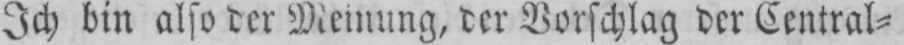
Ich bin also der Meinung, der Vorschlag der Central⸗